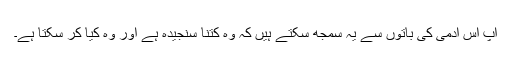
آپ اس آدمی کی باتوں سے یہ سمجھ سکتے ہیں کہ وہ کتنا سنجیدہ ہے اور وہ کیا کر سکتا ہے۔